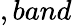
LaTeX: ,band